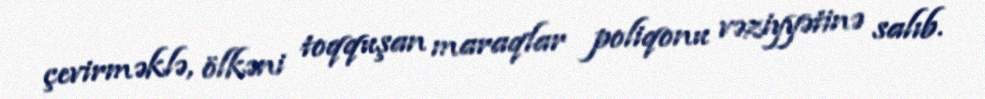
çevirməklə, ölkəni toqquşan maraqlar poliqonu vəziyyətinə salıb.